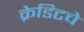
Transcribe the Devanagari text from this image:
क्रेडिटचे